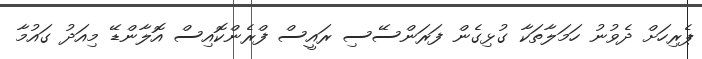
ޕެރިހަށް ދެވުނު ހަމަލާތަކާ ގުޅިގެން ފަރަންސޭސި ރައީސް ފްރެންކޮއިސް އޮލާންޑޭ މިއަދު ގައުމާ